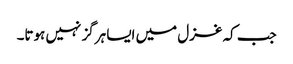
جب کہ غزل میں ایسا ہرگز نہیں ہوتا۔